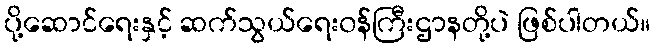
ပို့ဆောင်ရေးနှင့် ဆက်သွယ်ရေး၀န်ကြီးဌာနတို့ပဲ ဖြစ်ပါတယ်။